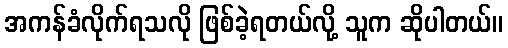
အကန်ခံလိုက်ရသလို ဖြစ်ခဲ့ရတယ်လို့ သူက ဆိုပါတယ်။